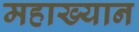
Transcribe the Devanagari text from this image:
महाख्यान